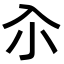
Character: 𡭗